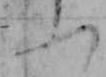
ふ